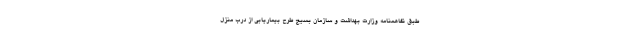
طبق تفاهمنامه وزارت بهداشت و سازمان بسیج طرح بیماریابی از درب منزل